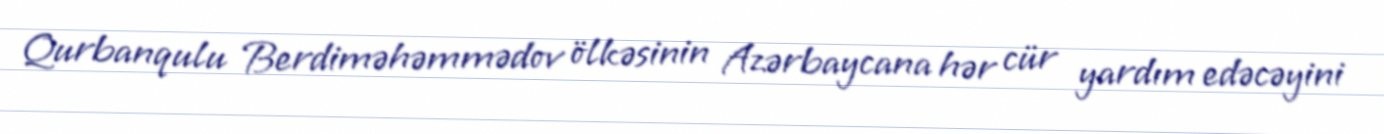
Qurbanqulu Berdiməhəmmədov ölkəsinin Azərbaycana hər cür yardım edəcəyini